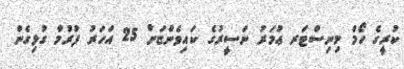
ކުރީގެ ހޯމް މިނިސްޓަރ ޢުމަރު ނަސީރުގެ ކައިވެންޏަށް 25 އަހަރު ފުރުމާ ގުޅިގެން